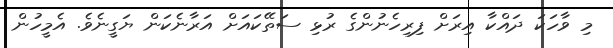
މި ވާހަކަ ދައްކާ އިރަށް ފިރިހެނުންގެ ރުޅި ސަތޭކައަށް އަރާނެކަން ޔަގީނެވެ. އެމީހުން